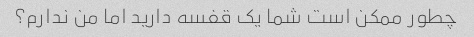
چطور ممکن است شما یک قفسه دارید اما من ندارم؟